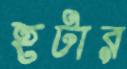
হটার